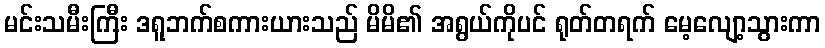
မင်းသမီးကြီး ဒရူဘက်စကားယားသည် မိမိ၏ အရွယ်ကိုပင် ရုတ်တရက် မေ့လျော့သွားကာ